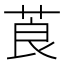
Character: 莨